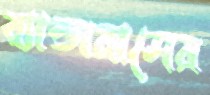
ব্যান্ডারাসের